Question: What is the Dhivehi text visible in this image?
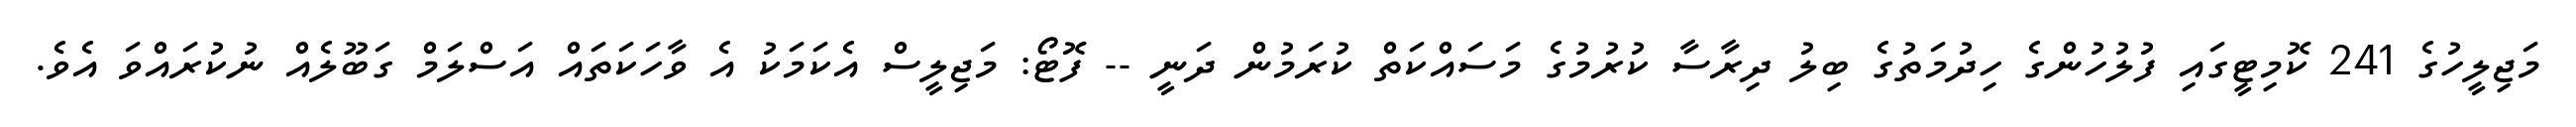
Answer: މަޖިލީހުގެ 241 ކޮމިޓީގައި ފުލުހުންގެ ހިދުމަތުގެ ބިލު ދިރާސާ ކުރުމުގެ މަސައްކަތް ކުރަމުން ދަނީ -- ފޮޓޯ: މަޖިލީސް އެކަމަކު އެ ވާހަކަތައް އަސްލަމް ގަބޫލެއް ނުކުރައްވަ އެވެ.